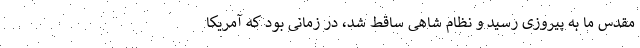
مقدس ما به پیروزی رسید و نظام شاهی ساقط شد، در زمانی بود که آمریکا